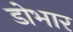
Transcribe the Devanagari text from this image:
डोभार